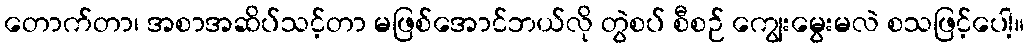
တောက်တာ၊ အစာအဆိပ်သင့်တာ မဖြစ်အောင်ဘယ်လို တွဲစပ် စီစဉ် ကျွေးမွေးမလဲ စသဖြင့်ပေါ့။